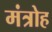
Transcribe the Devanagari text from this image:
मंत्रोह